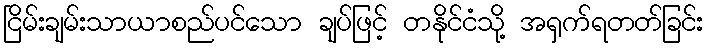
ငြိမ်းချမ်းသာယာစည်ပင်သော ချပ်ဖြင့် တနိုင်ငံသို့ အရှက်ရတတ်ခြင်း